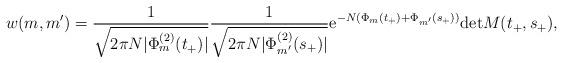
LaTeX: \begin{align*}w(m,m')= \frac{1}{\sqrt{2\pi N |\Phi_{m}^{(2)}(t_{+})|}} \frac{1}{\sqrt{2\pi N |\Phi_{m'}^{(2)}(s_{+})|}} {\rm e}^{-N(\Phi_{m}(t_{+})+\Phi_{m'}(s_{+}))} {\rm det}M(t_{+},s_{+}) ,\end{align*}